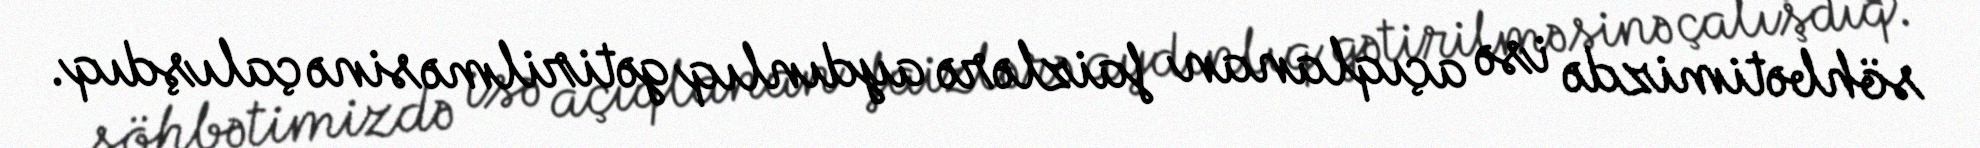
söhbətimizdə isə açıqlanan faizlərə aydınlıq gətirilməsinə çalışdıq.